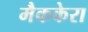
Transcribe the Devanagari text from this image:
मैककेरा